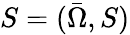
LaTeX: S=({\bar{\Omega}},S)